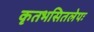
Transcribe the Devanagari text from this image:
कृतभसितलेपः